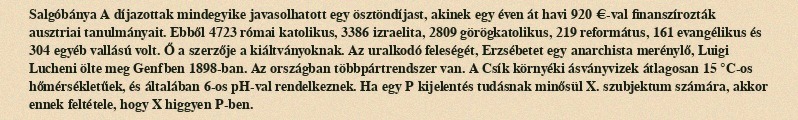
Salgóbánya A díjazottak mindegyike javasolhatott egy ösztöndíjast, akinek egy éven át havi 920 €-val finanszírozták ausztriai tanulmányait. Ebből 4723 római katolikus, 3386 izraelita, 2809 görögkatolikus, 219 református, 161 evangélikus és 304 egyéb vallású volt. Ő a szerzője a kiáltványoknak. Az uralkodó feleségét, Erzsébetet egy anarchista merénylő, Luigi Lucheni ölte meg Genfben 1898-ban. Az országban többpártrendszer van. A Csík környéki ásványvizek átlagosan 15 °C-os hőmérsékletűek, és általában 6-os pH-val rendelkeznek. Ha egy P kijelentés tudásnak minősül X. szubjektum számára, akkor ennek feltétele, hogy X higgyen P-ben.